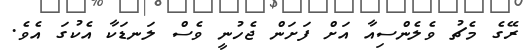
ރޭގެ މެޗު ވެލެންސިއާ އަށް ފަށަން ޖެހުނީ ވެސް ލަނޑަކާ އެކުގަ އެވެ.